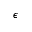
\epsilon